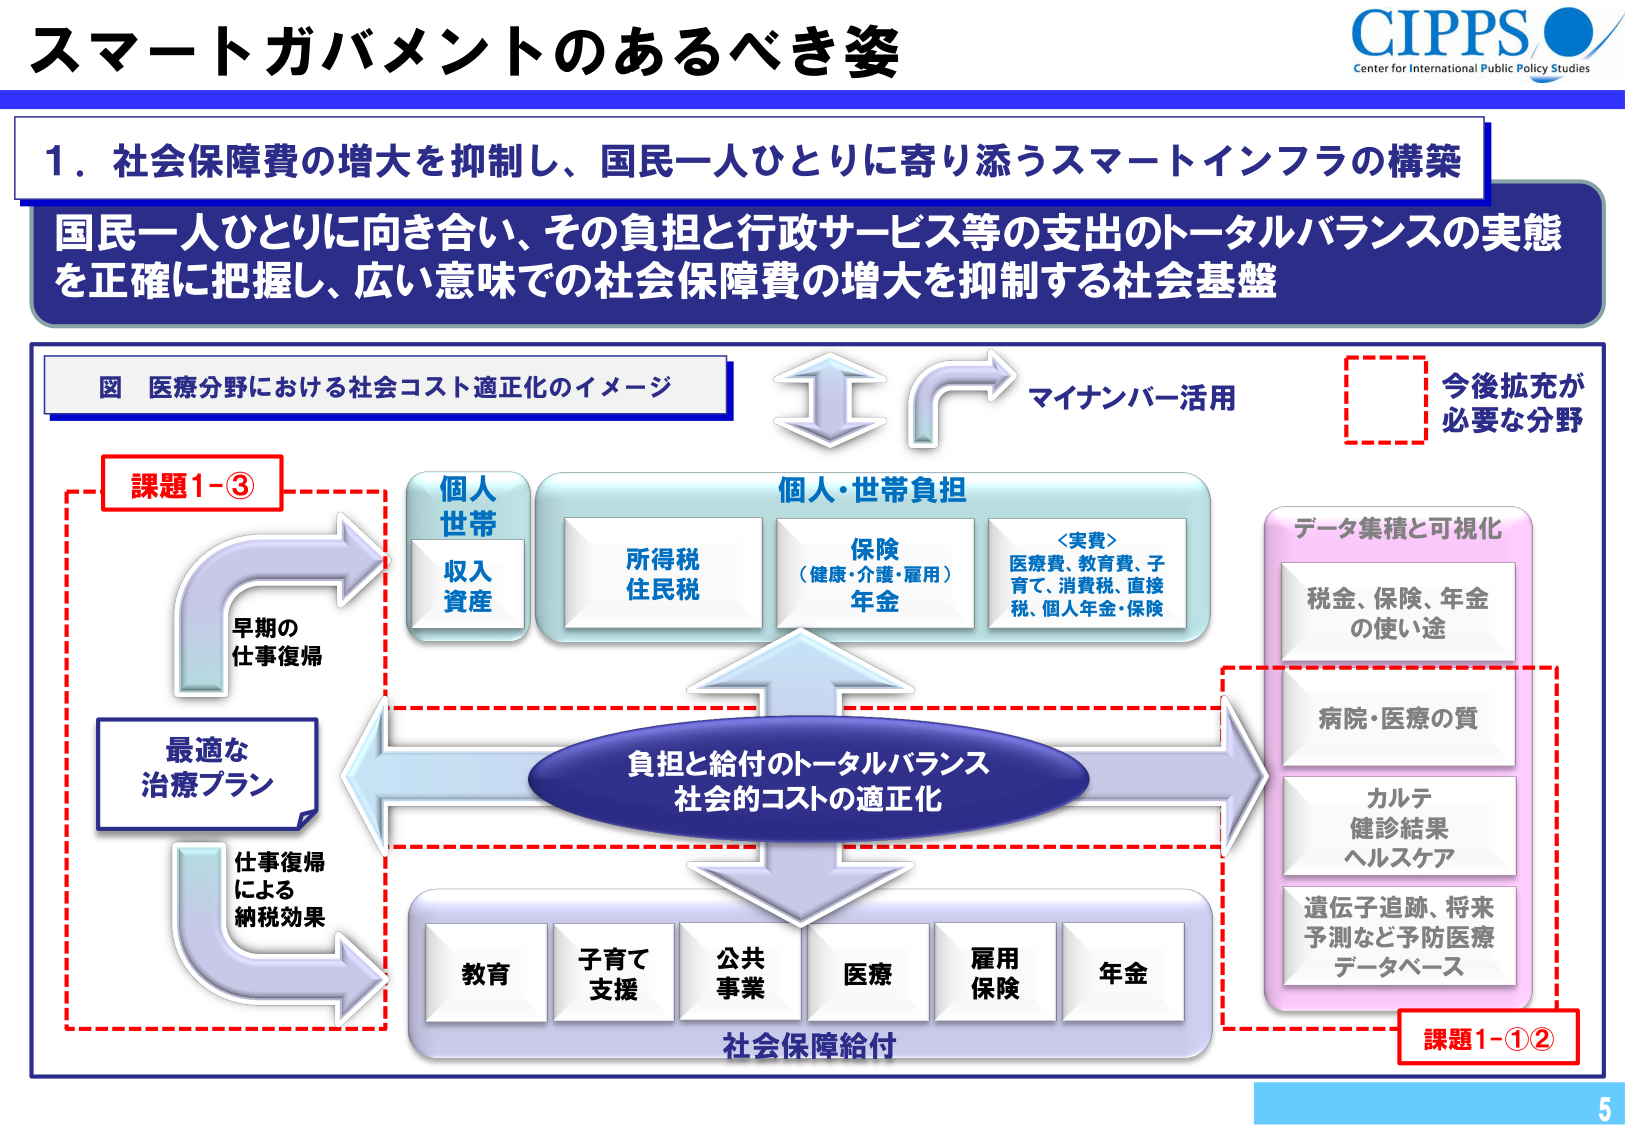
スマートガバメントのあるべき姿

CIPPS
Center for International Public Policy Studies

1．社会保障費の増大を抑制し、国民一人ひとりに寄り添うスマートインフラの構築

国民一人ひとりに向き合い、その負担と行政サービス等の支出のトータルバランスの実態
を正確に把握し、広い意味での社会保障費の増大を抑制する社会基盤

図 医療分野における社会コスト適正化のイメージ

マイナンバー活用

課題1-③

個人
世帯
収入
資産

個人・世帯負担

所得税
住民税

保険
（健康・介護・雇用）
年金

＜実費＞
医療費、教育費、子
育て、消費税、直接
税、個人年金・保険

データ集積と可視化

税金、保険、年金
の使い途

病院・医療の質

カルテ
健診結果
ヘルスケア

遺伝子追跡、将来
予測など予防医療
データベース

課題1-①②

早期の
仕事復帰

最適な
治療プラン

仕事復帰
による
納税効果

負担と給付のトータルバランス
社会的コストの適正化

教育
子育て
支援
公共
事業
医療
雇用
保険
年金

社会保障給付

今後拡充が
必要な分野

5